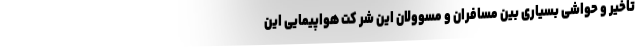
تاخیر و حواشی بسیاری بین مسافران و مسوولان این شر کت هواپیمایی این